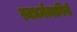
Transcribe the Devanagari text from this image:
स्वधर्मत्यागिनी